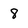
Character: 8